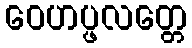
ဝေဟပ္ဖလတ္တေ